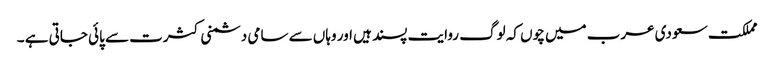
مملکت سعودی عرب میں چوں کہ لوگ روایت پسند ہیں اور وہاں سے سامی دشمنی کثرت سے پائی جاتی ہے ۔